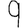
Digit: 9